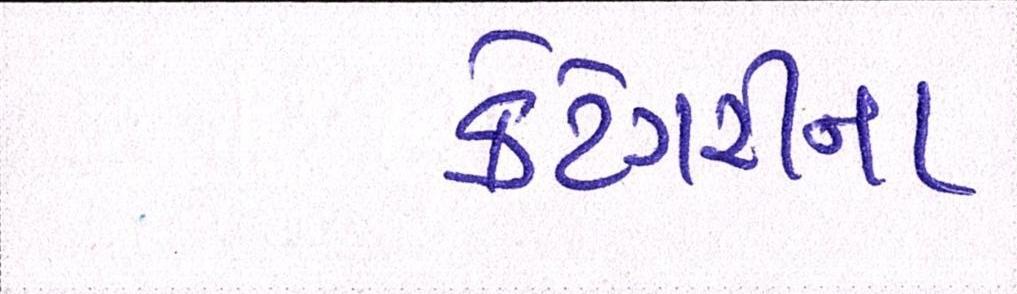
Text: કેટેગરીના